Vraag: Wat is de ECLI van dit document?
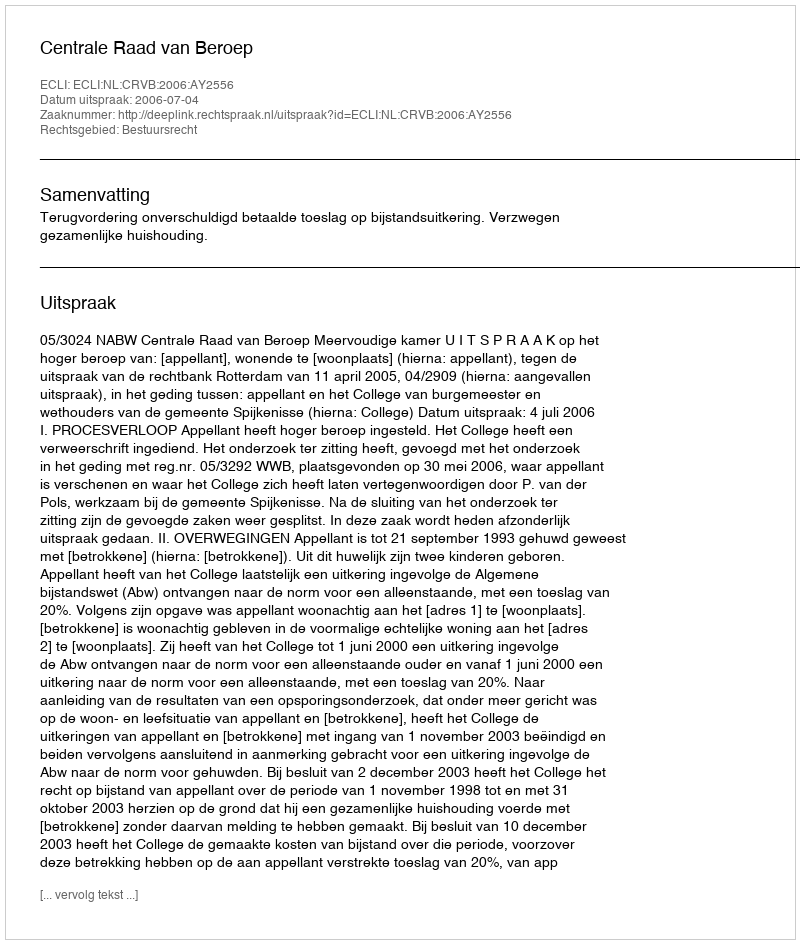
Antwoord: ECLI:NL:CRVB:2006:AY2556